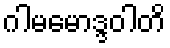
ဂါမမောဒ္ဒဝါတိ